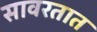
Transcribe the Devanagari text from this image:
सावरतात